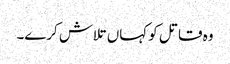
وہ قاتل کو کہاں تلاش کرے۔